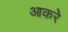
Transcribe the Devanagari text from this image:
आकरे